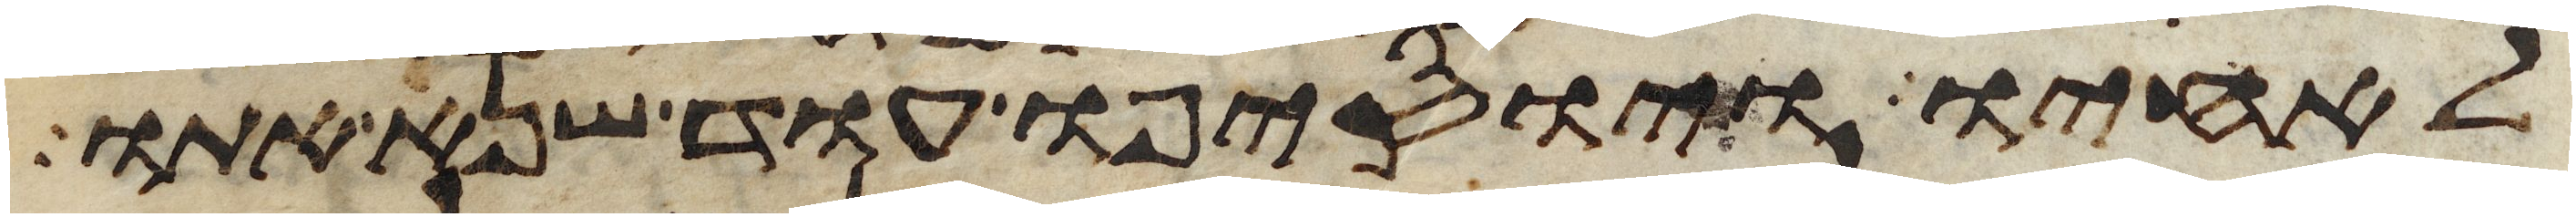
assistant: לאחיו ויוסיפו עוד שנא אתו